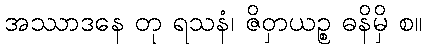
အဿာဒနေ တု ရသနံ၊ ဇိဝှာယဉ္စ ဓနိမှိ စ။